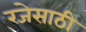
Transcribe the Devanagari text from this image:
रजेसाठी